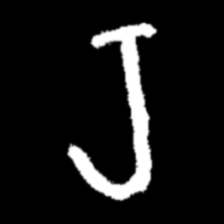
Pyu character \u2014 Myanmar letter: ရ (romanized: ra)